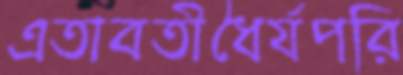
এতাবতীধৈর্যপরি